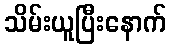
သိမ်းယူပြီးနောက်